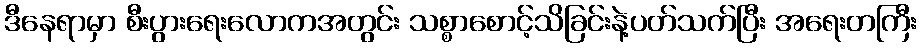
ဒီနေရာမှာ စီးပွားရေးလောကအတွင်း သစ္စာစောင့်သိခြင်းနဲ့ပတ်သက်ပြီး အရေးတကြီး